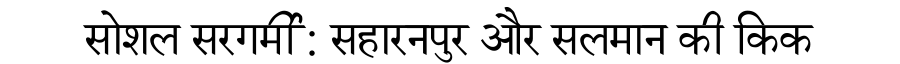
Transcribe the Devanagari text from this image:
सोशल सरगर्मी: सहारनपुर और सलमान की किक